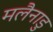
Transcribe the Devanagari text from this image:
मलैनाडु